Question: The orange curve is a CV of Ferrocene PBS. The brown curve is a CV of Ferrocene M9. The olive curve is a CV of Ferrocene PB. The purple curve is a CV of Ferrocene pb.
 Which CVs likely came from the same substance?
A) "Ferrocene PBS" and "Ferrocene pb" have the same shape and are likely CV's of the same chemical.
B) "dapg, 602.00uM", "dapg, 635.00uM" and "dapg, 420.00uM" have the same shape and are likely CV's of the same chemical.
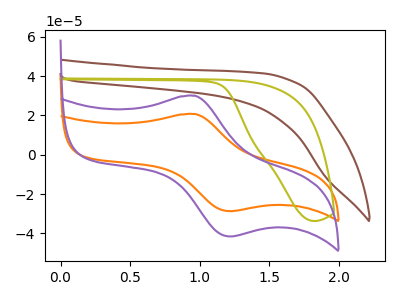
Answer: <think>The orange curve "Ferrocene PBS" has an anodic peak at (0.95V, 20.75uA) and a cathodic peak at (1.20V, -28.75uA). The brown curve "Ferrocene M9" has no peaks. The olive curve "Ferrocene PB" has no peaks. The purple curve "Ferrocene pb" has an anodic peak at (0.95V, 30.05uA) and a cathodic peak at (1.20V, -41.60uA).
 "Ferrocene PBS" and "Ferrocene M9" have a different number of peaks. "Ferrocene PBS" and "Ferrocene PB" have a different number of peaks. All the peaks in "Ferrocene PBS" have a peak in "Ferrocene pb" at the same potential. Every peak in "Ferrocene PBS" is lower than every peak in "Ferrocene pb". Neither "Ferrocene M9" or "Ferrocene PB" have any peaks. "Ferrocene M9" and "Ferrocene pb" have a different number of peaks. "Ferrocene PB" and "Ferrocene pb" have a different number of peaks.</think>
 <answer>A) "Ferrocene PBS" and "Ferrocene pb" have the same shape and are likely CV's of the same chemical.</answer>
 <eval>A</eval>